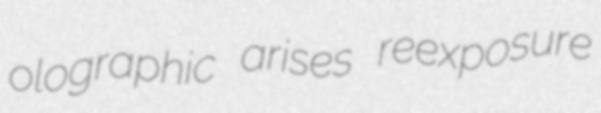
olographic arises reexposure